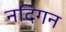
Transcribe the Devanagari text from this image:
नदिगन